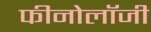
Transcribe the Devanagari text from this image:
फीनोलॉजी